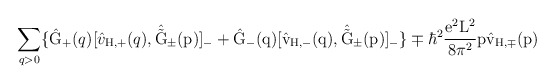
\begin{align*}\sum_{q>0} \{ \hat{\rm G}_{+}(q) [\hat{v}_{\rm H,+}(q) ,\hat{\tilde{\rm G}}_{\pm}(p)]_{-} + \hat{\rm G}_{-}(q)[\hat{v}_{\rm H,-}(q),\hat{\tilde{\rm G}}_{\pm}(p)]_{-} \} \mp {\hbar}^2\frac{e^2{\rm L}^2}{8{\pi}^2} p \hat{v}_{\rm H,\mp}(p)\end{align*}